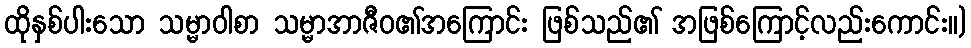
ထိုနှစ်ပါးသော သမ္မာဝါစာ သမ္မာအာဇီဝ၏အကြောင်း ဖြစ်သည်၏ အဖြစ်ကြောင့်လည်းကောင်း။)